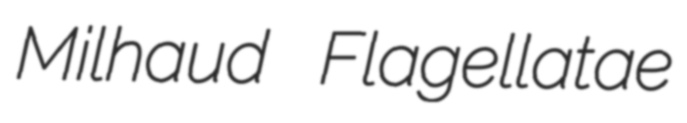
Milhaud Flagellatae